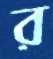
র